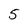
Character: 5